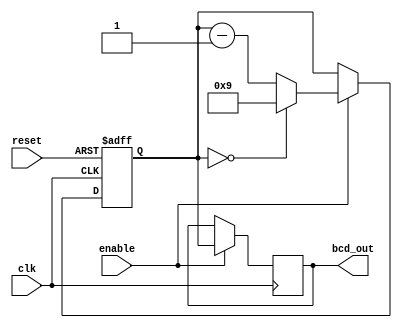
module BCD_Down_Counter_with_Enable (
    input wire clk,
    input wire reset,
    input wire enable,
    output reg [3:0] bcd_out
);

reg [3:0] count_reg;

always @(posedge clk or posedge reset) begin
    if (reset) begin
        count_reg <= 4'd9; // preset value of 9 for BCD down counter
    end else if (enable) begin
        if (count_reg == 4'd0) begin
            count_reg <= 4'd9;
        end else begin
            count_reg <= count_reg - 1;
        end
    end
end

always @(posedge clk) begin
    if (enable) begin
        bcd_out <= count_reg;
    end
end

endmodule